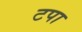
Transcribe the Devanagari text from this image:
टपा